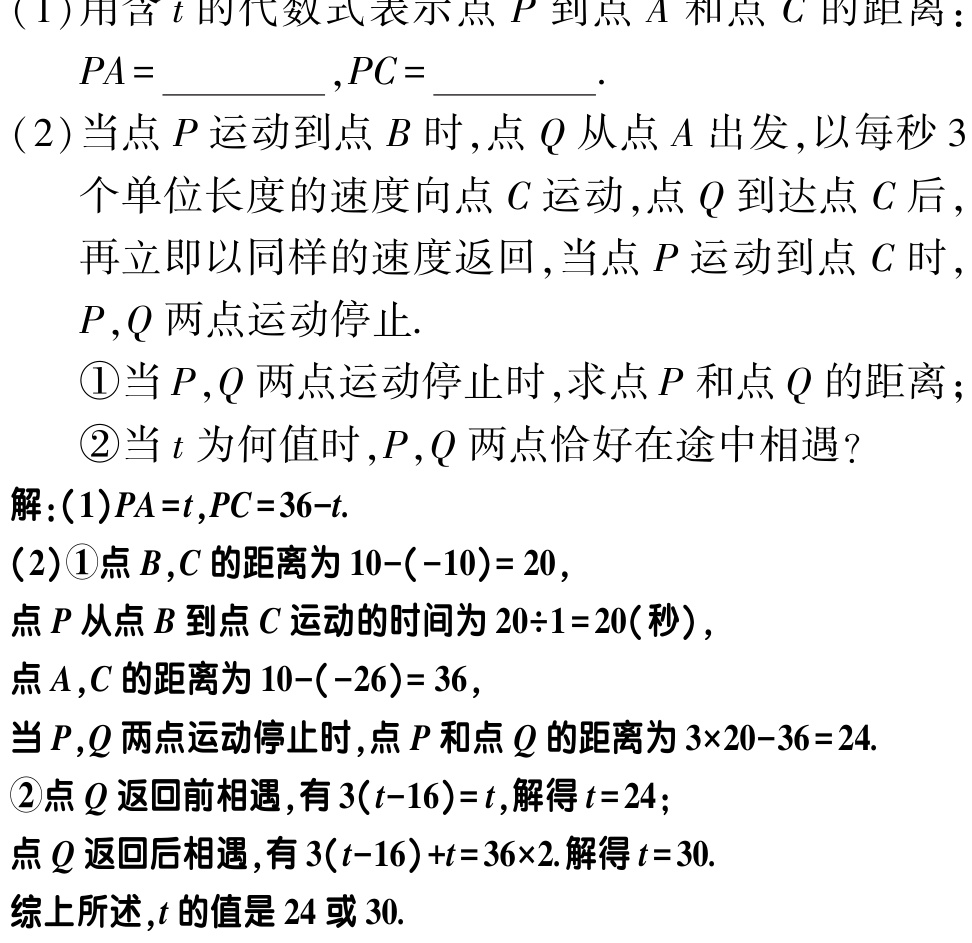
(1)用含\(t\)的代数式表示点\(P\)到点\(A\)和点\(C\)的距离：

\(PA = \underline{\quad\quad},PC = \underline{\quad\quad}\).

(2)当点\(P\)运动到点\(B\)时，点\(Q\)从点\(A\)出发，以每秒\(3\)个单位长度的速度向点\(C\)运动，点\(Q\)到达点\(C\)后再立即以同样的速度返回，当点\(P\)运动到点\(C\)时，\(P,Q\)两点运动停止.

\textcircled{1}当\(P,Q\)两点运动停止时，求点\(P\)和点\(Q\)的距离；

\textcircled{2}当\(t\)为何值时，\(P,Q\)两点恰好在途中相遇？

解：(1)\(PA = t,PC = 36 - t\).

(2)\textcircled{1}点\(B,C\)的距离为\(10 - (-10)= 20\)，

点\(P\)从点\(B\)到点\(C\)运动的时间为\(20\div1 = 20\)(秒)，

点\(A,C\)的距离为\(10 - (-26)= 36\)，

当\(P,Q\)两点运动停止时，点\(P\)和点\(Q\)的距离为\(3\times20 - 36 = 24\).

\textcircled{2}点\(Q\)返回前相遇，有\(3(t - 16)=t\)，解得\(t = 24\)；

点\(Q\)返回后相遇，有\(3(t - 16)+t = 36\times2\). 解得\(t = 30\).

综上所述，\(t\)的值是\(24\)或\(30\).